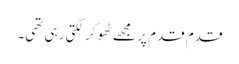
قدم قدم پر مجھے ٹھوکر لگتی رہی تھی۔